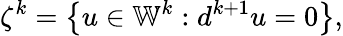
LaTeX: \zeta^{k}=\left\{ u\in\mathbb{W}^{k}:d^{k+1}u=0\right\} ,